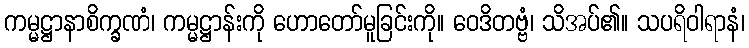
ကမ္မဋ္ဌာနာစိက္ခဏံ၊ ကမ္မဋ္ဌာန်းကို ဟောတော်မူခြင်းကို။ ဝေဒိတဗ္ဗံ၊ သိအပ်၏။ သပရိဝါရာနံ၊